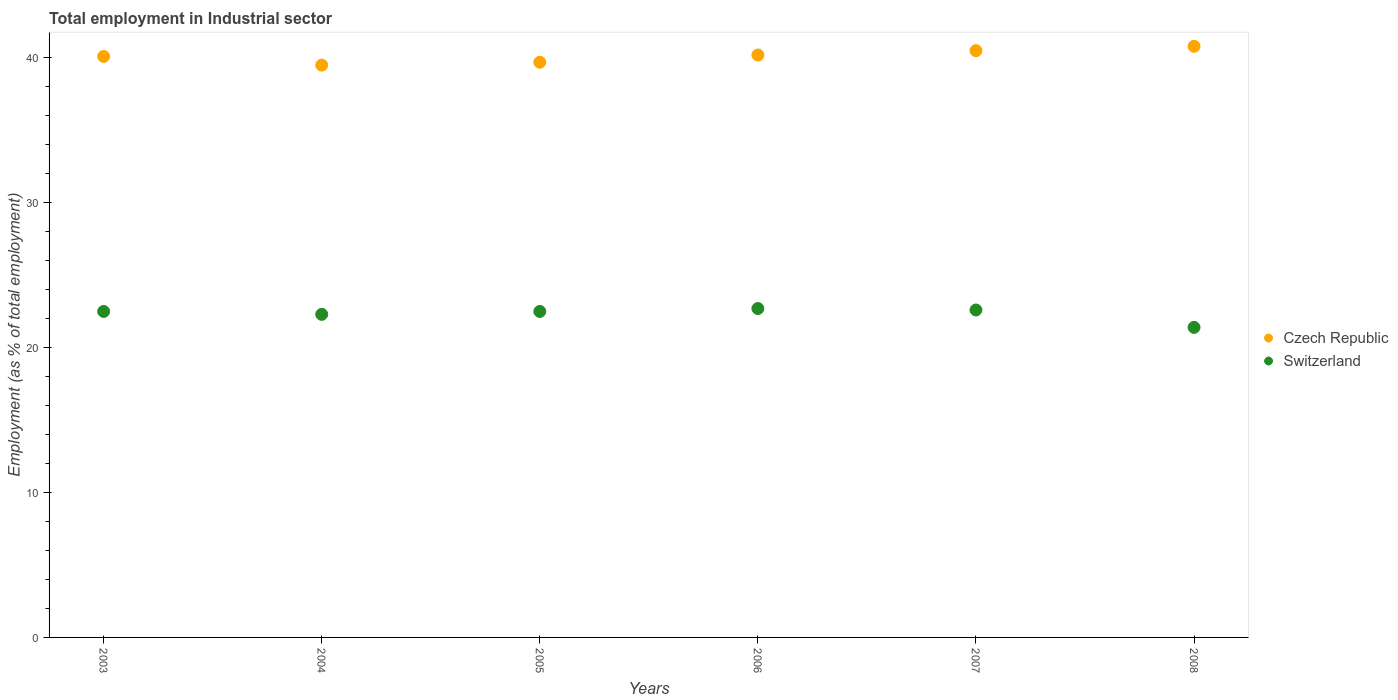
| Years | Czech Republic | Switzerland |
 | --- | --- | --- |
 | 2003 | 40.1 | 22.5 |
 | 2004 | 39.5 | 22.3 |
 | 2005 | 39.7 | 22.5 |
 | 2006 | 40.2 | 22.7 |
 | 2007 | 40.5 | 22.6 |
 | 2008 | 40.8 | 21.4 |